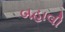
બહાલી